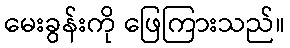
မေးခွန်းကို ဖြေကြားသည်။